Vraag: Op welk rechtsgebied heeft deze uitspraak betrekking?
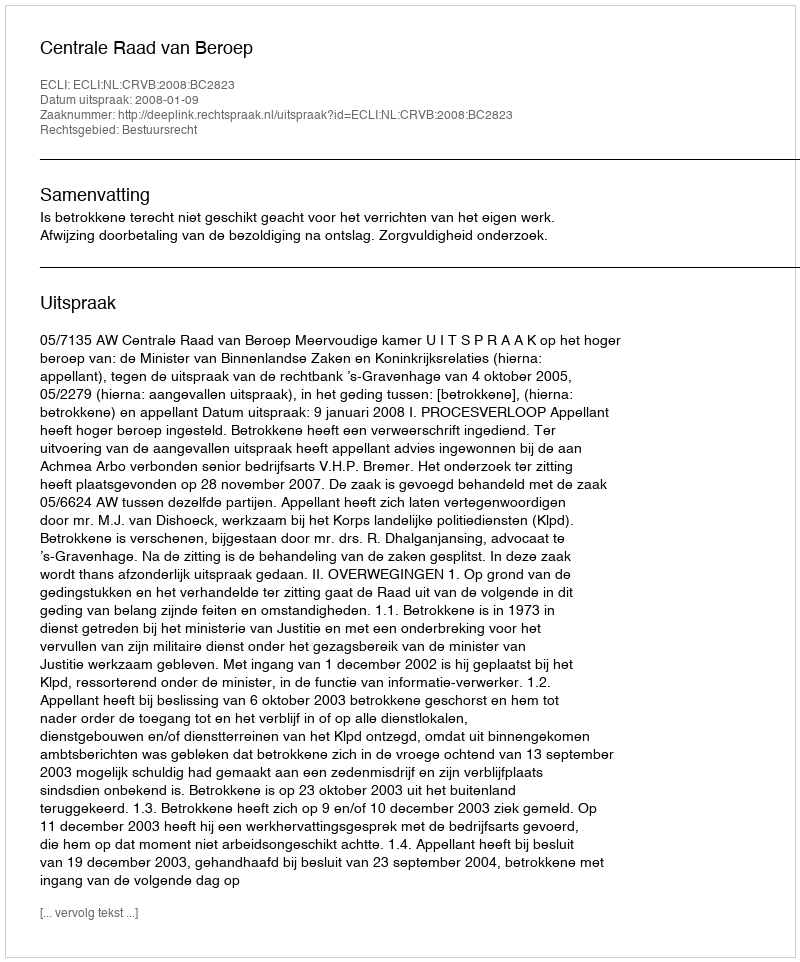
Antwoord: Bestuursrecht